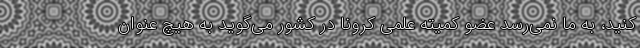
کنید، به ما نمی‌رسد عضو کمیته علمی کرونا در کشور می‌گوید به هیچ عنوان